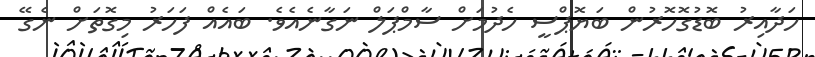
ހަދާއިރު ބޮޑުގޮހޮރުން ބަޔޮޕްސީ ހެދުމަށް ސާމްޕަލް ނަގާނެއެވެ. ބައެއް ފަހަރު މިގޮތަށް ނެގޭ